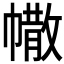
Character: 𢄻